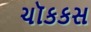
ચૉકકસ